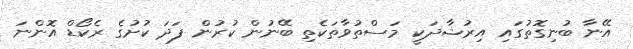
އޭނާ ބުނިގޮތުގައި އިރުޝާދަކީ މަސްތުވާތަކެތި ބޭނުން ކުރުން ފަދަ ކުށުގެ ރެކޯޑް އޮންނަ